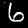
Digit: 6